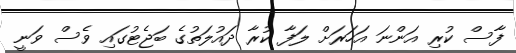
ފާސް ކުރި އަންނަ އަހަރަށް ލަފާ ކުރާ ދައުލަތުގެ ބަޖެޓުގައި ވެސް ވަނީ